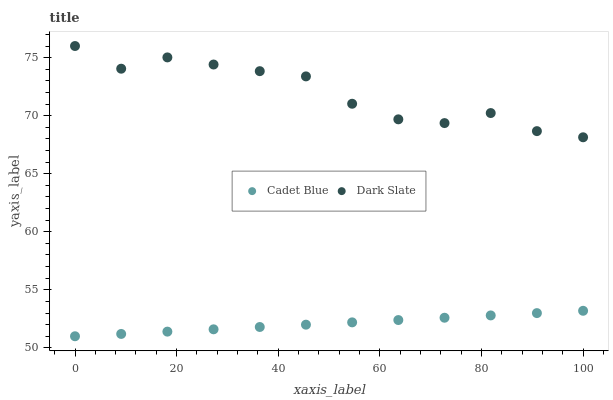
| xaxis_label | Cadet Blue | Dark Slate |
 | --- | --- | --- |
 | 0 | 51 | 76 |
 | 9.09 | 51.2 | 74 |
 | 18.2 | 51.4 | 75 |
 | 27.3 | 51.6 | 74.4 |
 | 36.4 | 51.8 | 73.8 |
 | 45.5 | 52 | 73.4 |
 | 54.5 | 52.2 | 71 |
 | 63.6 | 52.4 | 69.7 |
 | 72.7 | 52.6 | 69.4 |
 | 81.8 | 52.8 | 70.2 |
 | 90.9 | 53 | 68.7 |
 | 100 | 53.2 | 68.1 |